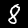
Label: 8